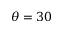
\theta = 3 0